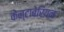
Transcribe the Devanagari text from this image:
केन्टाबेरियन